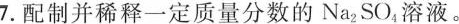
7.配制并稀释一定质量分数的Na_{2}SO_{4}溶液。